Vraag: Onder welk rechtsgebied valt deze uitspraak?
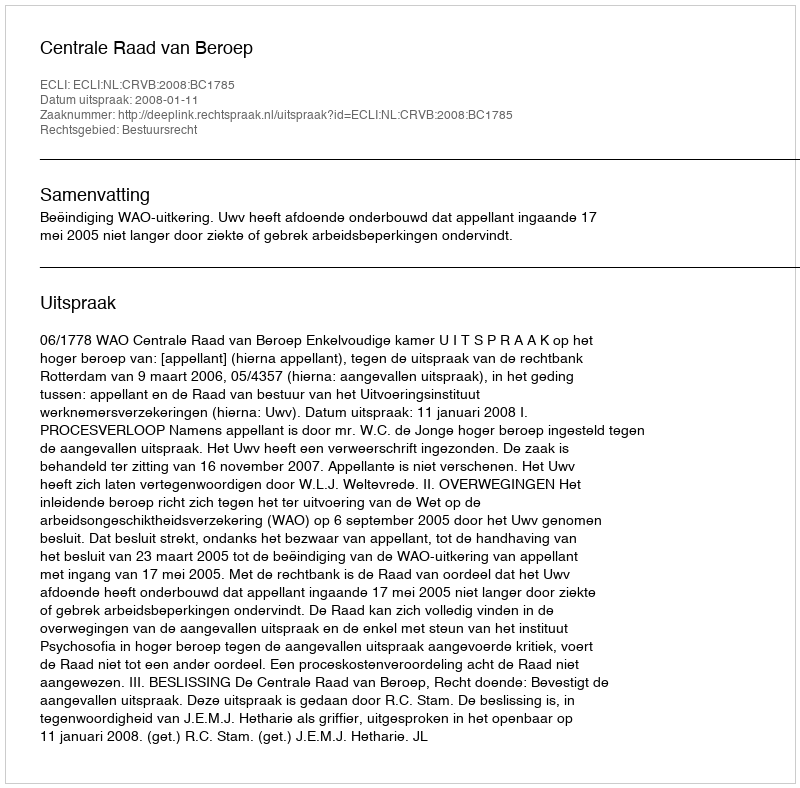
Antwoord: Bestuursrecht